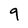
Character: 9